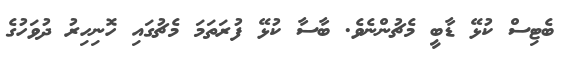
ބެޓިސް ކުޅޭ ޑާބީ މެޗުންނެވެ. ބާސާ ކުޅޭ ފުރަތަމަ މެޗުގައި ހޮނިހިރު ދުވަހުގެ